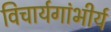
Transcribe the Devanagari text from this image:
विचार्यगांभीर्य